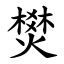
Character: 燓